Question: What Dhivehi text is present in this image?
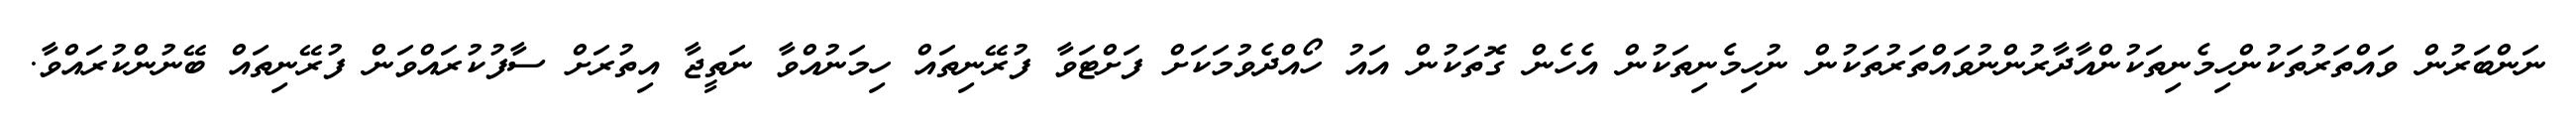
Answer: ނަންބަރުން ވައްތަރުތަކުންހިމެނިތަކުންއާދާރުންނުވައްތަރުތަކުން ނުހިމެނިތަކުން އެހެން ގޮތަކުން އައު ހޯއްދެވުމަކަށް ފަށްޓަވާ ފުރޭނިތައް ހިމަނުއްވާ ނަތީޖާ އިތުރަށް ސާފުކުރައްވަން ފުރޭނިތައް ބޭނުންކުރައްވާ.